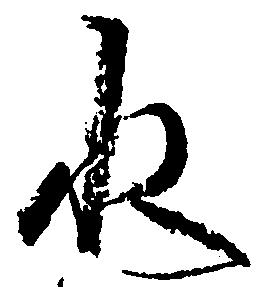
水